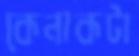
কেনাকটা